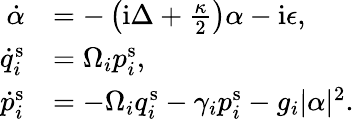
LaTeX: \begin{array}{rl}{\dot{\alpha}}&{=-\left(\mathrm{i}\Delta+\frac{\kappa}{2}\right)\alpha-\mathrm{i}\epsilon,}\\ {\dot{q}_{i}^{\mathrm{s}}}&{=\Omega_{i}p_{i}^{\mathrm{s}},}\\ {\dot{p}_{i}^{\mathrm{s}}}&{=-\Omega_{i}q_{i}^{\mathrm{s}}-\gamma_{i}p_{i}^{\mathrm{s}}-g_{i}|\alpha|^{2}.}\end{array}